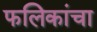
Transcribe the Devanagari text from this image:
फलिकांचा